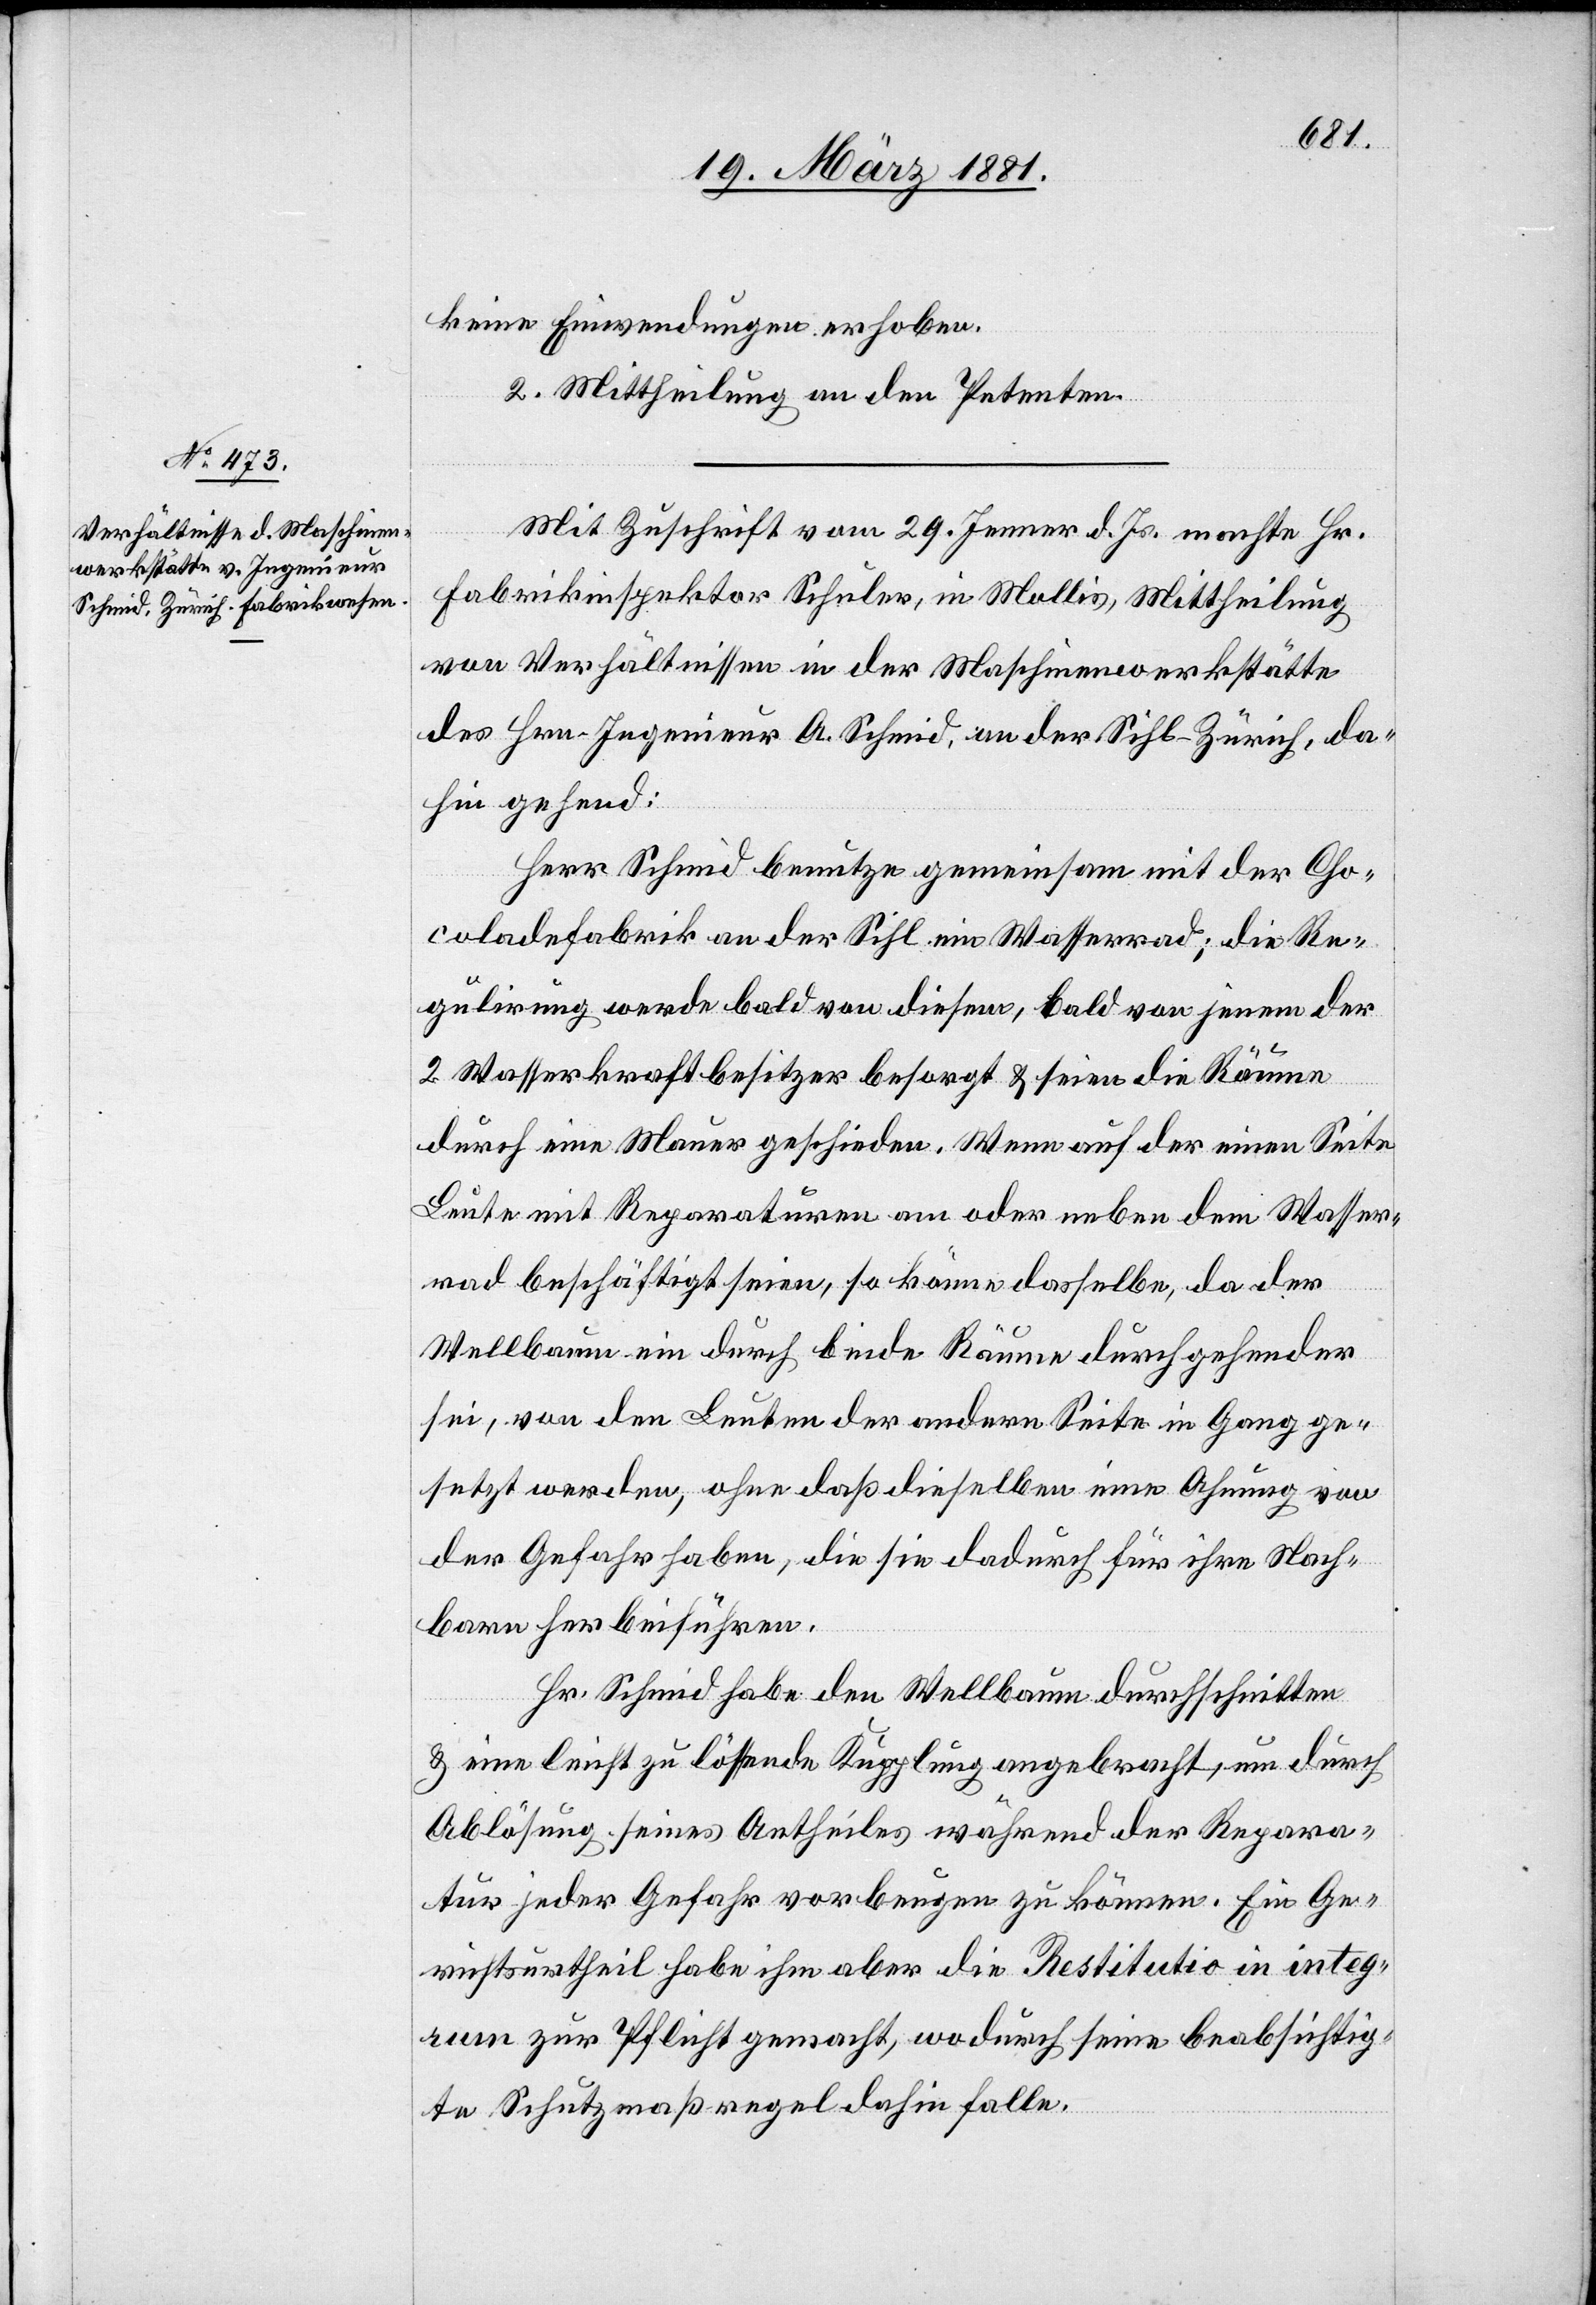
keine Einwendungen erhoben.
2. Mittheilung an den Petenten.
Mit Zuschrift vom 29. Jenner d. Js. machte Hr.
Fabrikinspektor Schuler, in Mollis, Mittheilung
von Verhältnissen in der Maschinenwerkstätte
des Hrn. Ingenieur A. Schmid, an der Sihl - Zürich, da¬
hin gehend:
Herr Schmid benutze gemeinsam mit der Cho¬
coladefabrik an der Sihl ein Wasserrad; die Re¬
gulirung werde bald von diesem, bald von jenem der
2. Wasserwerksbesitzer besorgt & seien die Räume
durch eine Mauer geschieden. Wenn auf der einen Seite
Leute mit Reparaturen am oder neben dem Wasser¬
rad beschäftigt seien, so könne dasselbe, da der
Wellbaum ein durch beide Räume durchgehender
sei, von den Leuten der andern Seite in Gang ge¬
setzt werden, ohne daß dieselben eine Ahnung von
der Gefahr haben, die sie dadurch für ihre Nach¬
barn herbeiführen.
Hr. Schmid habe den Wellbaum durchschnitten
& eine leicht zu lösende Kupplung angebracht, um durch
Ablösung seines Antheiles während der Repara¬
tur jeder Gefahr vorbeugen zu können, ein Ge¬
richtsurtheil habe ihm aber die Restitutio in integ¬
rum zur Pflicht gemacht, wodurch seine beabsichtig¬
te Schutzmaßregel dahin falle.